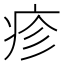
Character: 疹